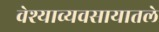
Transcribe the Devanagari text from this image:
वेश्याव्यवसायातले